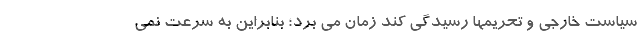
سیاست خارجی و تحریمها رسیدگی کند زمان می برد؛ بنابراین به سرعت نمی